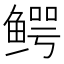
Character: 鳄